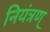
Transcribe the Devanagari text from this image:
नियंत्रण्